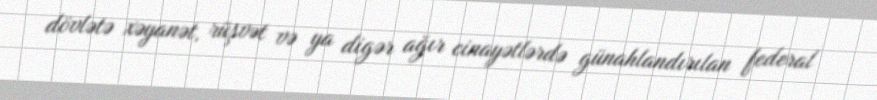
dövlətə xəyanət, rüşvət və ya digər ağır cinayətlərdə günahlandırılan federal